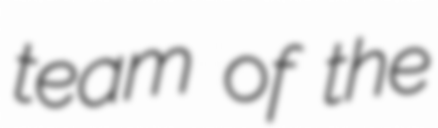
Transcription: team of the